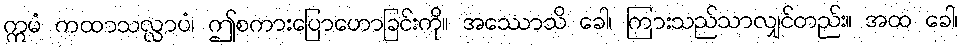
ဣမံ ကထာသလ္လာပံ၊ ဤစကားပြောဟောခြင်းကို။ အဿောသိ ခေါ၊ ကြားသည်သာလျှင်တည်း။ အထ ခေါ၊